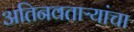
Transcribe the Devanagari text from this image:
अतिनवताऱ्यांचा